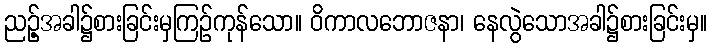
ညဉ့်အခါ၌စားခြင်းမှကြဉ်ကုန်သော။ ဝိကာလဘောဇနာ၊ နေလွဲသောအခါ၌စားခြင်းမှ။